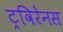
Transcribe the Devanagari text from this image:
ट्रविरेनस